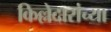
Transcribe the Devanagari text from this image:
किल्लेदारांच्या